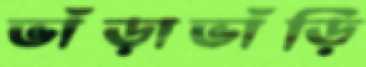
ভাঁড়াভাঁড়ি